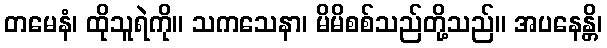
တမေနံ၊ ထိုသူရဲကို။ သကသေနာ၊ မိမိစစ်သည်တို့သည်။ အပနေန္တိ၊